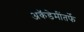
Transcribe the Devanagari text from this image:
अकॅडेमींतर्फे